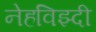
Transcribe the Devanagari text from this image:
नेहविझ्दी